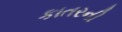
કાતરની